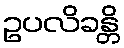
ဥပလိခန္တိ